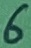
Text: 6